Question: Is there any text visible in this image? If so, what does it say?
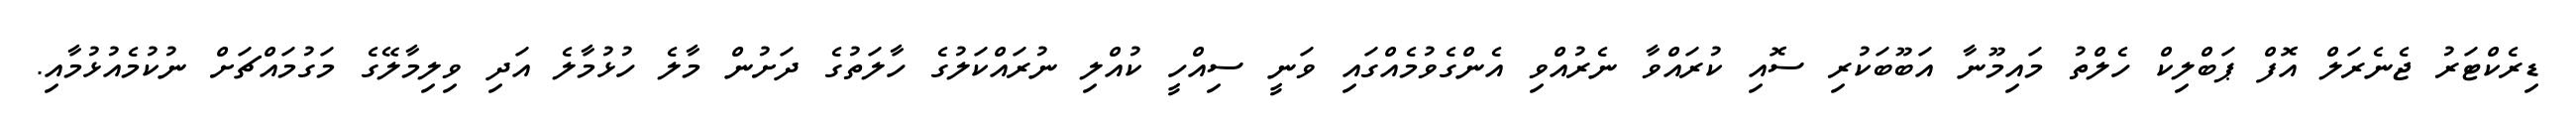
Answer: ޑިރެކްޓަރު ޖެނެރަލް އޮފް ޕަބްލިކް ހެލްތު މައިމޫނާ އަބޫބަކުރި ސޮއި ކުރައްވާ ނެރުއްވި އެންގެވުމެއްގައި ވަނީ ސިއްހީ ކުއްލި ނުރައްކަލުގެ ހާލަތުގެ ދަށުން މާލެ ހުޅުމާލެ އަދި ވިލިމާލޭގެ މަގުމައްޗަށް ނުކުމެއުޅުމާއި.